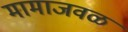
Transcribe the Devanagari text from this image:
मामाजवळ